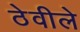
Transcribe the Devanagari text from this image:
ठेवीले